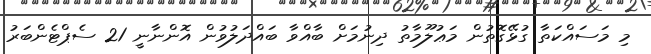
މި މަސައްކަތާ ގުޅޭގޮތުން މަޢުލޫމާތު ދިނުމަށް ބާއްވާ ބައްދަލުވުން އޮންނާނީ 21 ސެޕްޓެންބަރު